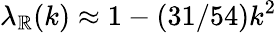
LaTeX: \lambda_{\mathbb{R}}(k)\approx1-(31/54)k^{2}